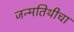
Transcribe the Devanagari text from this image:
जन्मतिथीचा